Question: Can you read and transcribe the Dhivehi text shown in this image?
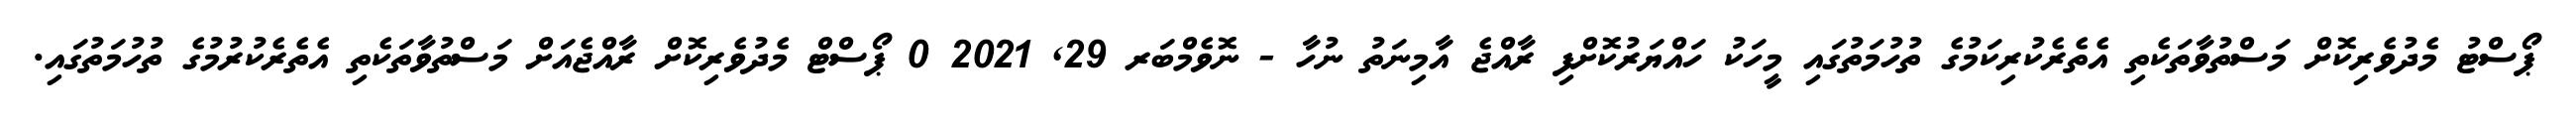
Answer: ޕޯސްޓު މެދުވެރިކޮށް މަސްތުވާތަކެތި އެތެރެކުރިކަމުގެ ތުހުމަތުގައި މީހަކު ހައްޔަރުކޮށްފި ރާއްޖެ އާމިނަތު ނުހާ - ނޮވެމްބަރ 29, 2021 0 ޕޯސްޓް މެދުވެރިކޮށް ރާއްޖެއަށް މަސްތުވާތަކެތި އެތެރެކުރުމުގެ ތުހުމަތުގައި.